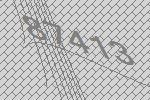
87413